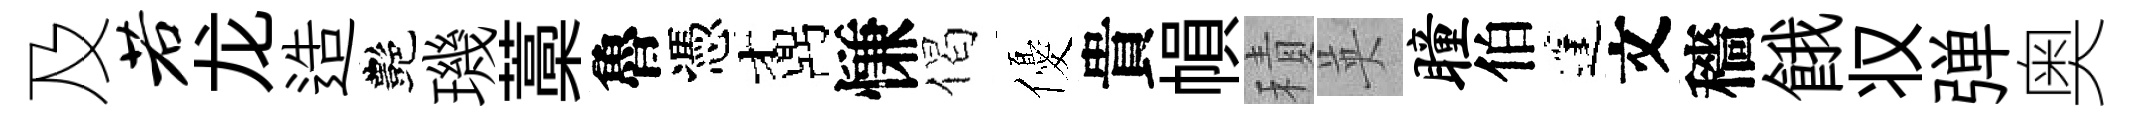
及若龙造艷璣藁魯憑鼒慊偈優貴𢄙積英瞳伯蓬文穡餓𠬧弹奥